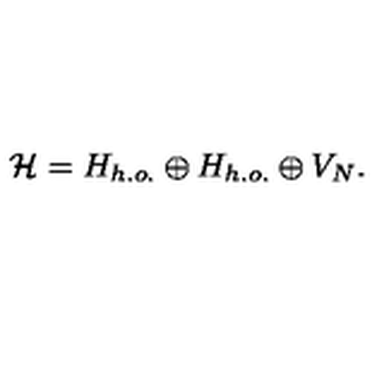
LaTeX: { \cal H } = H _ { h . o . } \oplus H _ { h . o . } \oplus V _ { N } .